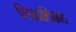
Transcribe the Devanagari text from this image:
लिळाविग्रह